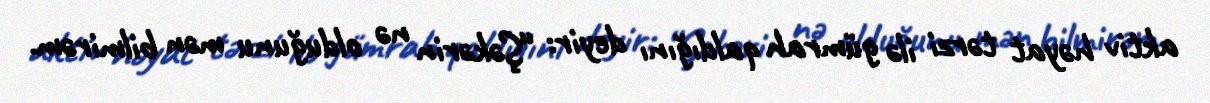
aktiv həyat tərzi ilə gümrah qaldığını deyir: “Şəkərin nə olduğunu mən bilmirəm.